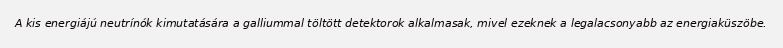
A kis energiájú neutrínók kimutatására a galliummal töltött detektorok alkalmasak, mivel ezeknek a legalacsonyabb az energiaküszöbe.